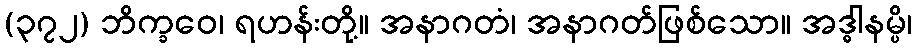
(၃၇၂) ဘိက္ခဝေ၊ ရဟန်းတို့။ အနာဂတံ၊ အနာဂတ်ဖြစ်သော။ အဒ္ဓါနမ္ပိ၊